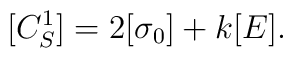
[C_S^1] = 2[\sigma_0]+k[E].